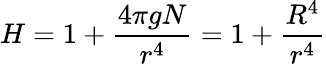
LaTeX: H=1+\frac{4\pi gN}{r^{4}}=1+\frac{R^{4}}{r^{4}}